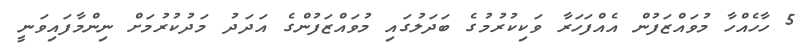
5 ހާހެއްހާ މުވައްޒަފުން އެއްފަހަރާ ވަކިކުރުމުގެ ބަދަލުގައި މުވައްޒަފުންގެ އަދަދު މަދުކުރުމަށް ނިންމާފައިވަނީ